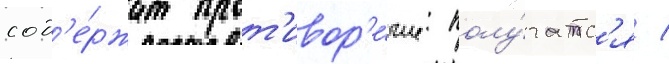
сод'е́ржит прот'ивор'е́чие: полу́чатс'я /